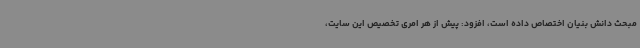
مبحث دانش بنیان اختصاص داده است، افزود: پیش از هر امری تخصیص این سایت،